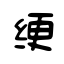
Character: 绠